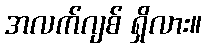
အလက်ဂျစ် ရှိလား။